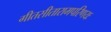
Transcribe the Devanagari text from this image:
गीतसीतारामपरिणयः